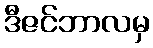
ဒီဇင်ဘာလမှ